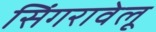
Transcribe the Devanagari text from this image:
सिंगरावेलू